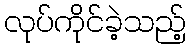
လုပ်ကိုင်ခဲ့သည့်